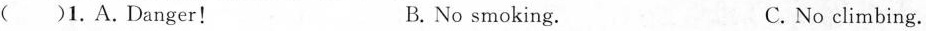
( )1.A.Danger! B. No smoking. C. No climbing.